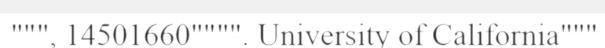
""", 14501660"""". University of California"""